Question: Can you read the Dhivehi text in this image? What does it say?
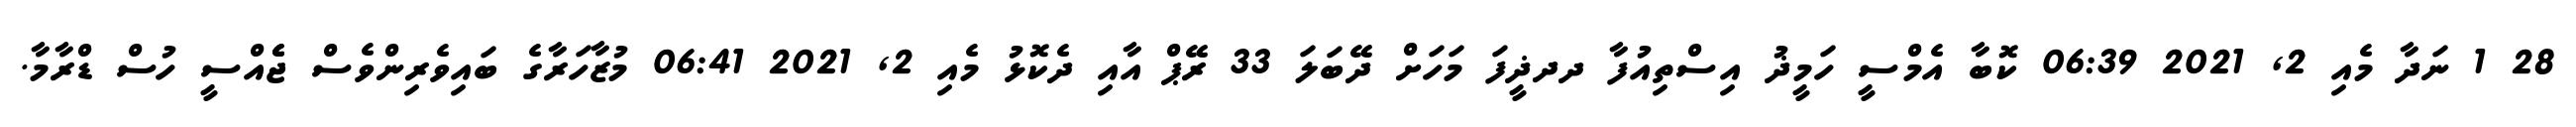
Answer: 28 1 ނަދާ މެއި 2, 2021 06:39 ކޮބާ އެމްސީ ހަމީޛު އިސްތިއުފާ ދދޛީފަ މަހަށް ދޭބަލަ 33 ރޭޕް އާއި ދެކޮޅު މެއި 2, 2021 06:41 މުޒާހަރާގެ ބައިވެރިންވެސް ޖެެއްސީ ހުސް ޑްރާމާ.